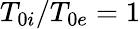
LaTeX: T_{0i}/T_{0e}=1